Annual returns of the Patna Lunatic Asylum at Bankipore in Bihar and Orissa - 1912-1924
Year: 1912
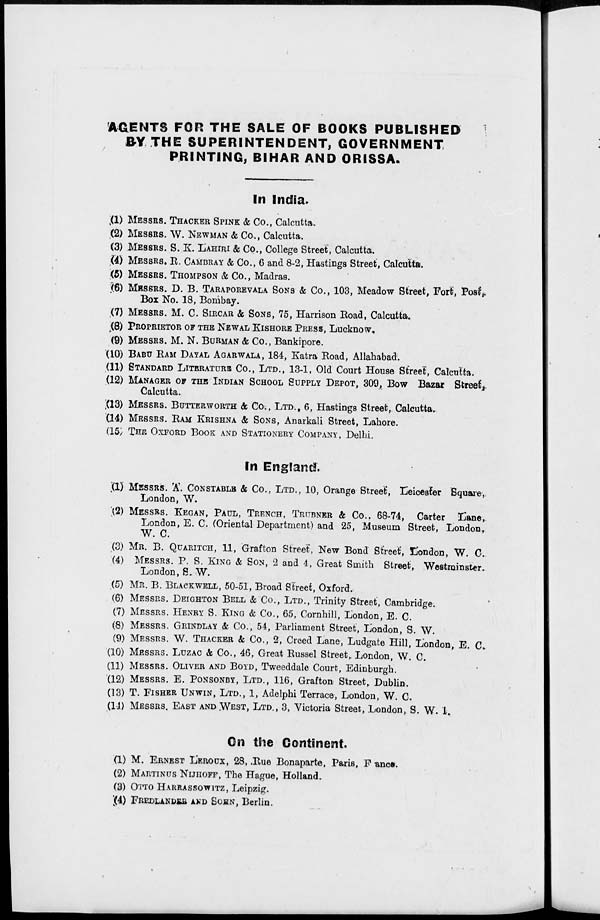
AGENTS FOR THE SALE OF BOOKS PUBLISHED
BY THE SUPERINTENDENT, GOVERNMENT
PRINTING, BIHAR AND ORISSA.
In India.
(1) MESSRS. THACKER SPINK & Co., Calcutta.
(2) MESSRS. W. NEWMAN & Co., Calcutta.
(3) MESSRS. S. K. LAHIRI & Co., College Street, Calcutta.
(4) MESSRS. R. CAMBRAY & Co., 6 and 8-2, Hastings Street, Calcutta.
(5) MESSRS. THOMPSON & Co., Madras.
(6) MESSRS. D. B. TARAPOREVALA SONS & Co., 103, Meadow Street, Fort, Post,
Box No. 18, Bombay.
(7) MESSRS. M. C. SIRCAR & SONS, 75, Harrison Road, Calcutta.
(8) PROPRIETOR OF THE NEWAL KISHORE PRESS, Lucknow.
(9) MESSRS. M. N. BURMAN & Co., Bankipore.
(10) BABU RAM DAYAL AGARWALA, 184, Katra Road, Allahabad.
(11) STANDARD LITERATURE Co., LTD., 13-1, Old Court House Street, Calcutta.
(12) MANAGER OF THE INDIAN SCHOOL SUPPLY DEPOT, 309, Bow Bazar Street,
Calcutta.
(13) MESSRS. BUTTERWORTH & Co., LTD., 6, Hastings Street, Calcutta.
(14) MESSRS. RAM KRISHNA & SONS, Anarkali Street, Lahore.
(15) THE OXFORD BOOK AND STATIONERY COMPANY, Delhi.
In England.
(1) MESSRS. A. CONSTABLE & Co., LTD., 10, Orange Street, Leicester Square,
London, W.
(2) MESSRS. KEGAN, PAUL, TRENCH, TRUBNER & Co., 68-74, Carter Lane,
London, E. C. (Oriental Department) and 25, Museum Street, London,
W. C.
(3) MR. B. QUARITCH, 11, Grafton Street, New Bond Street, London, W. C.
(4) MESSRS. P. S. KING & SON, 2 and 4, Great Smith Street, Westminster.
London, S. W.
(5) MR. B. BLACKWELL, 50-51, Broad Street, Oxford.
(6) MESSRS. DEIGHTON BELL & Co., LTD., Trinity Street, Cambridge.
(7) MESSRS. HENRY S. KING & Co., 65, Cornhill, London, E. C.
(8) MESSRS. GRINDLAY & Co., 54, Parliament Street, London, S. W.
(9) MESSRS. W. THACKER & Co., 2, Creed Lane, Ludgate Hill, London, E. C.
(10) MESSRS. LUZAC & Co., 46, Great Russel Street, London, W. C.
(11) MESSRS. OLIVER AND BOYD, Tweeddale Court, Edinburgh.
(12) MESSRS. E. PONSONBY, LTD., 116, Grafton Street, Dublin.
(13) T. FISHER UNWIN, LTD., 1, Adelphi Terrace, London, W. C.
(14) MESSRS. EAST AND WEST, LTD., 3, Victoria Street, London, S. W. 1.
On the Continent.
(1) M. ERNEST LEROUX, 28, Rue Bonaparte, Paris, France.
(2) MARTINUS NIJHOFF, The Hague, Holland.
(3) OTTO HARRASSOWITZ, Leipzig.
(4) FREDLANDER AND SOHN, Berlin.